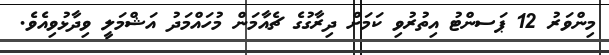
މިންވަރު 12 ޕަސންޓު އިތުރުވި ކަމަށް ދިރާގުގެ ޗެއާމަން މުހައްމަދު އަޝްމަލީ ވިދާޅުވިއެވެ.